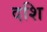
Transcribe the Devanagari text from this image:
दशि